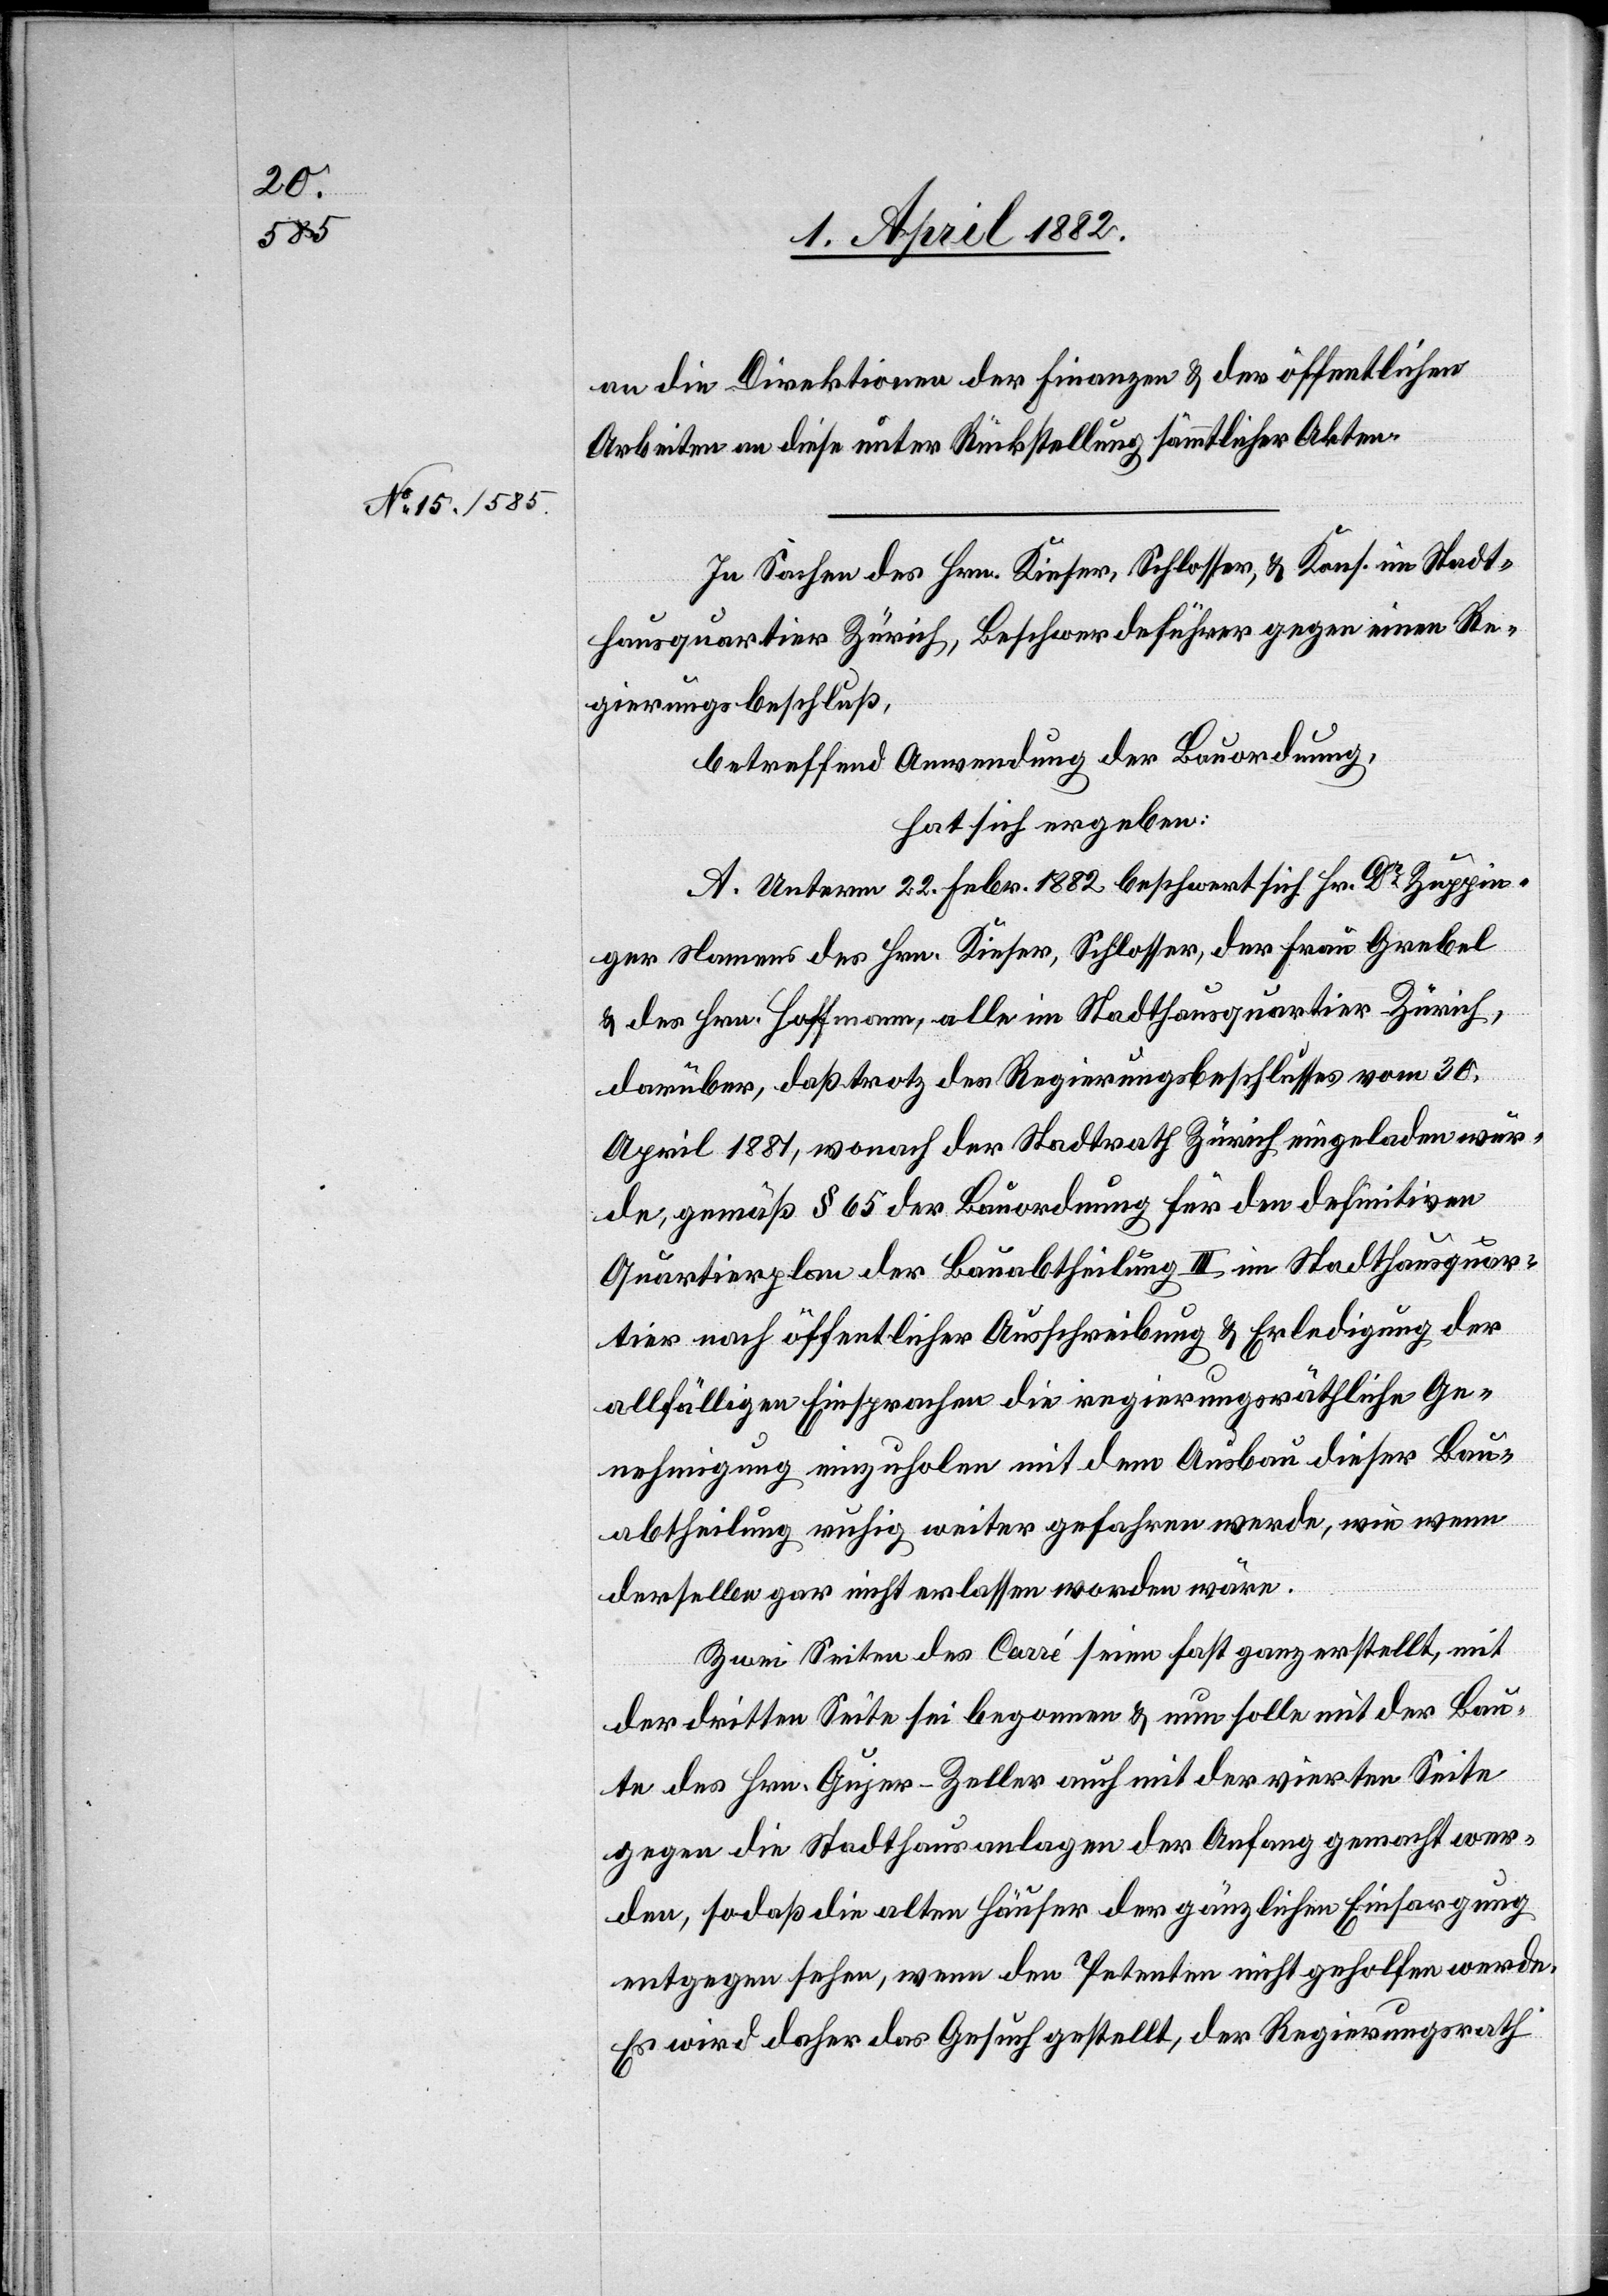
an die Direktionen der Finanzen & der öffentlichen
Arbeiten an diese unter Rückstellung sämmtlicher Akten.
In Sachen des Hrn. Kieser, Schlosser, & Kons. im Stadt¬
hausquartier Zürich, Beschwerdeführer gegen einen Re¬
gierungsbeschluß,
betreffend Anwendung der Bauordnung,
hat sich ergeben:
A. Unterm 22. Febr. 1882 beschwert sich Hr. Dr Zuppin¬
ger Namens des Hrn. Kieser, Schlosser, der Frau Grebel
& des Hrn. Hoffmann, alle im Stadthausquartier - Zürich,
darüber, daß trotz des Regierungsbeschlusses vom 30.
April 1881, wonach der Stadtrath Zürich eingeladen wur¬
de, gemäß § 65 der Bauordnung für den definitiven
Quartierplan der Bauabtheilung III im Stadthausquar¬
tier nach öffentlicher Ausschreibung & Erledigung der
allfälligen Einsprachen die regierungsräthliche Ge¬
nehmigung einzuholen mit dem Ausbau dieser Bau¬
abtheilung ruhig weiter gefahren werde, wie wenn
derselbe gar nicht erlassen worden wäre.
Zwei Seiten des Carré seien fast ganz erstellt, mit
der dritten Seite sei begonnen & nun solle mit der Bau¬
te des Hrn. Gujer-Zeller auch mit der vierten Seite
gegen die Stadthausanlagen der Anfang gemacht wer¬
den, sodaß die alten Häuser der gänzlichen Einsargung
entgegen sehen, wenn den Petenten nicht geholfen werde.
Es wird daher das Gesuch gestellt, der Regierungsrath